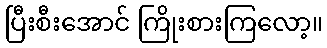
ပြီးစီးအောင် ကြိုးစားကြလော့။